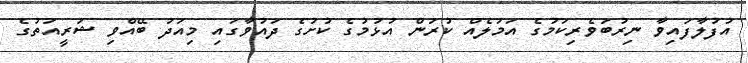
އުފުލާފައިވާ ނިރުބަވެރިކަމުގެ އަމަލެއް ކުރަން އުޅުމުގެ ކުށުގެ ދައުވާގައި މިއަދު ބޭއްވި ޝަރީއަތުގެ